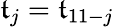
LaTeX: \mathfrak{t}_{j}=\mathfrak{t}_{11-j}